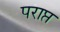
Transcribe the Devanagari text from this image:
पराप्त